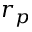
r _ { p }